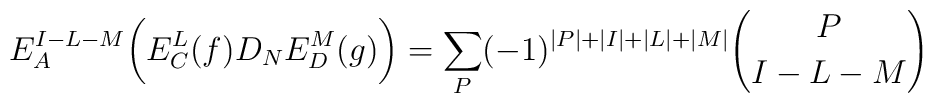
E^{I-L-M}_A\biggl( E^L_C(f)D_NE^M_D(g)\biggr) =\sum_P(-1)^{\vert P \vert +\vert I \vert +\vert L \vert +\vert M \vert}{P \choose {I-L-M}}